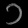
Digit: ၁